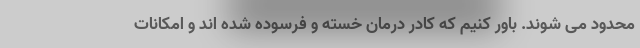
محدود می شوند. باور کنیم که کادر درمان خسته و فرسوده شده اند و امکانات